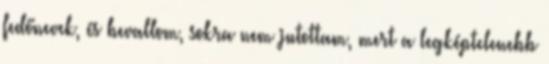
fedőnevek, és bevallom, sokra nem jutottam, mert a legképtelenebb